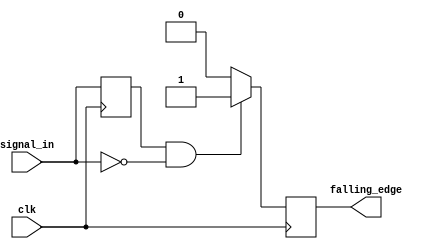
module falling_edge_detector (
    input wire clk,          // Clock signal
    input wire signal_in,    // Input signal to detect falling edge
    output reg falling_edge   // Output pulse indicating falling edge
);

    reg prev_signal; // Register to store the previous state of signal_in

    always @(posedge clk) begin
        // Detect falling edge
        falling_edge <= (prev_signal == 1'b1 && signal_in == 1'b0) ? 1'b1 : 1'b0;
        
        // Update previous signal state
        prev_signal <= signal_in;
    end

endmodule